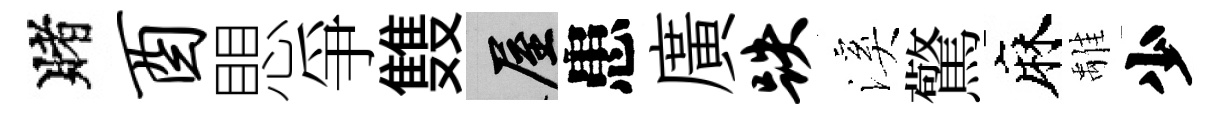
賭酉愳爭䨇屋患廣跌溪驚麻𩀌少